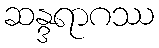
ဆန္ဒရာဂဿ